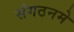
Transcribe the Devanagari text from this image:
संगठनमे